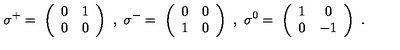
\sigma ^ { + } = \ \left( \begin{array} { c c } { 0 } & { 1 } \\ { 0 } & { 0 } \\ \end{array} \right) \ , \ \sigma ^ { - } = \ \left( \begin{array} { c c } { 0 } & { 0 } \\ { 1 } & { 0 } \\ \end{array} \right) \ , \ \sigma ^ { 0 } = \ \left( \begin{array} { c c } { 1 } & { 0 } \\ { 0 } & { - 1 } \\ \end{array} \right) \ .